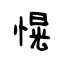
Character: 愰